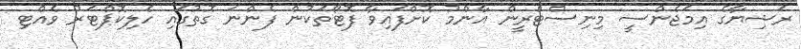
ރަޝިޔާގެ އިމަޖެންސީ މިނިސްޓްރީން އާންމު ކޮށްފައިވާ ފޮޓޯތަކުން ފެންނަ ގޮތުގައި ހެލިކޮޕްޓަރު ވެއްޓި